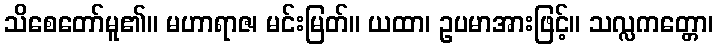
သိစေတော်မူ၏။ မဟာရာဇ၊ မင်းမြတ်။ ယထာ၊ ဥပမာအားဖြင့်။ သလ္လကတ္တော၊